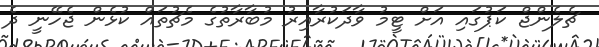
ޗެލެންޖް ކަޕުގައި އަށް ޓީމު ވާދަކުރާއިރު މުބާރާތުގެ މެޗުތައް ކުޅެން ޖެހޭނީ ދެ